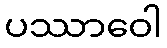
ပဿာဝေါ